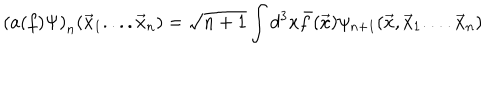
LaTeX: \left( a ( f ) \Psi \right) _ { n } ( \vec { x } _ { 1 } . . . . \vec { x } _ { n } ) = \sqrt { n + 1 } \int d ^ { 3 } x \bar { f } ( \vec { x } ) \psi _ { n + 1 } ( \vec { x } , \vec { x } _ { 1 } . . . . \vec { x } _ { n } )